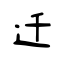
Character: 迁